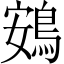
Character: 鴳